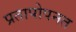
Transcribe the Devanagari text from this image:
प्रतापोपनत